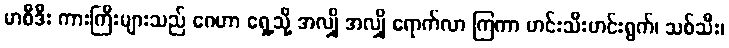
မာစီဒီး ကားကြီးများသည် ဂေဟာ ရှေ့သို့ အလျှို အလျှို ရောက်လာ ကြကာ ဟင်းသီးဟင်းရွက်၊ သစ်သီး၊